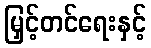
မြှင့်တင်ရေးနှင့်